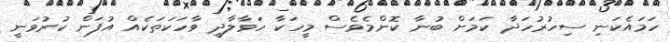
ހަމައެކަނި ސިހުރުހަދާ ކަމަށް ބުނާ ކޮންމެވެސް މީހަކާ ހަވާލާދީ ވާހަކަތަކެއް އުފަން ކުރުވަނީ